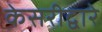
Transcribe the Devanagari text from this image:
केसरीद्वारे